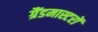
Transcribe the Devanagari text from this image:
ग्रैंडमास्टरों